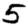
Digit: 5